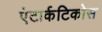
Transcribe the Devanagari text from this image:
एंटार्कटिकोस